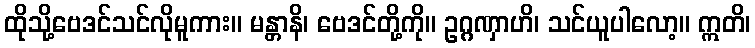
ထိုသို့ဗေဒင်သင်လိုမူကား။ မန္တာနိ၊ ဗေဒင်တို့ကို။ ဥဂ္ဂဏှာဟိ၊ သင်ယူပါလော့။ ဣတိ၊